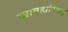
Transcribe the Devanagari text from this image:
व्यावहारिक।